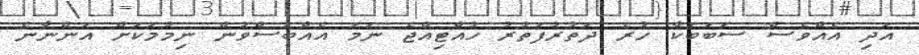
އަދި އެއްވެސް ސަބަބަކާ ހުރެ ދަތުރުފަތުރު ހުއްޓިއްޖެ ނަމަ އެއްބަސްވުން ނިމުމަކަށް އަންނާނެ